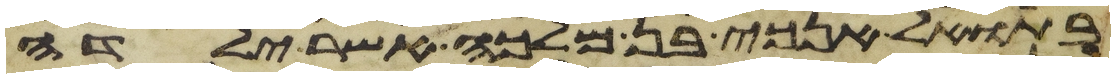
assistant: בתואל אנכי בן מלכה אשר ילדה